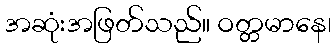
အဆုံးအဖြတ်သည်။ ဝတ္တမာနေ၊